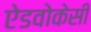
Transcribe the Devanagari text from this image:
ऐडवोकेसी